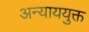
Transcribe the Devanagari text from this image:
अन्याययुक्त